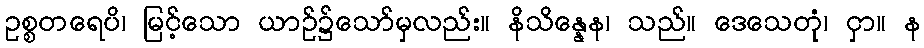
ဥစ္စတရေပိ၊ မြင့်သော ယာဉ်၌သော်မှလည်း။ နိသိန္နေန၊ သည်။ ဒေသေတုံ၊ ငှာ။ န